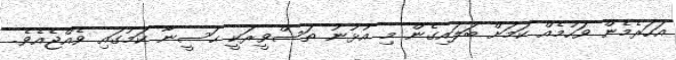
އަހަރެމެން ވަހުމެއް ކަމަށް ބަލައިގެން މި އުޅުނު ތަސްވީރަކީ ޙަސީނާ ކަމުގައި ވެއްޖެއެވެ.